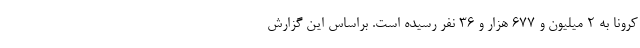
کرونا به ۲ میلیون و ۶۷۷ هزار و ۳۶ نفر رسیده است. براساس این گزارش